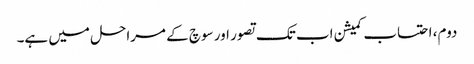
دوم، احتساب کمیشن اب تک تصور اور سوچ کے مراحل میں ہے۔